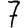
Digit: 7